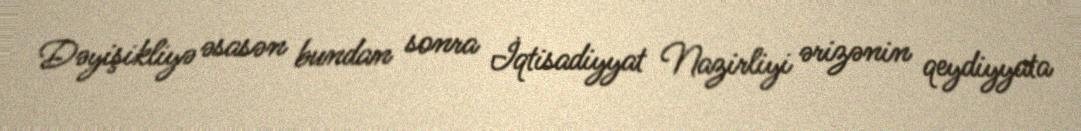
Dəyişikliyə əsasən bundan sonra İqtisadiyyat Nazirliyi ərizənin qeydiyyata